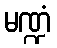
မဏ္ဍံ